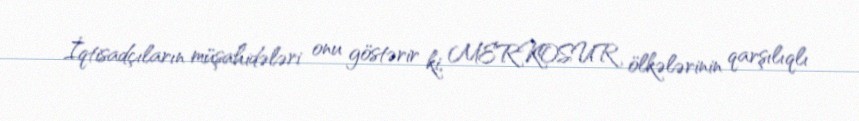
İqtisadçıların müşahidələri onu göstərir ki, MERKOSUR ölkələrinin qarşılıqlı